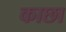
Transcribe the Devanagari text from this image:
काछा